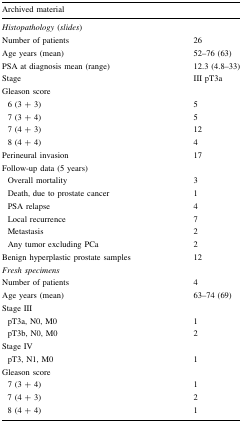
| <COLSPAN=2> Archived material |
 | --- | --- |
 | <COLSPAN=2> Histopathology (slides) |
 | Number of patients | 26 |
 | Age years (mean) | 52–76 (63) |
 | PSA at diagnosis mean (range) | 12.3 (4.8–33) |
 | Stage | III pT3a |
 | <COLSPAN=2> Gleason score |
 | 6 (3 + 3) | 5 |
 | 7 (3 + 4) | 5 |
 | 7 (4 + 3) | 12 |
 | 8 (4 + 4) | 4 |
 | Perineural invasion | 17 |
 | <COLSPAN=2> Follow-up data (5 years) |
 | Overall mortality | 3 |
 | Death, due to prostate cancer | 1 |
 | PSA relapse | 4 |
 | Local recurrence | 7 |
 | Metastasis | 2 |
 | Any tumor excluding PCa | 2 |
 | Benign hyperplastic prostate samples | 12 |
 | <COLSPAN=2> Fresh specimens |
 | Number of patients | 4 |
 | Age years (mean) | 63–74 (69) |
 | <COLSPAN=2> Stage III |
 | pT3a, N0, M0 | 1 |
 | pT3b, N0, M0 | 2 |
 | Stage IV |  |
 | pT3, N1, M0 | 1 |
 | <COLSPAN=2> Gleason score |
 | 7 (3 + 4) | 1 |
 | 7 (4 + 3) | 2 |
 | 8 (4 + 4) | 1 |